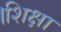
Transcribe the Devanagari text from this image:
।शिक्षा